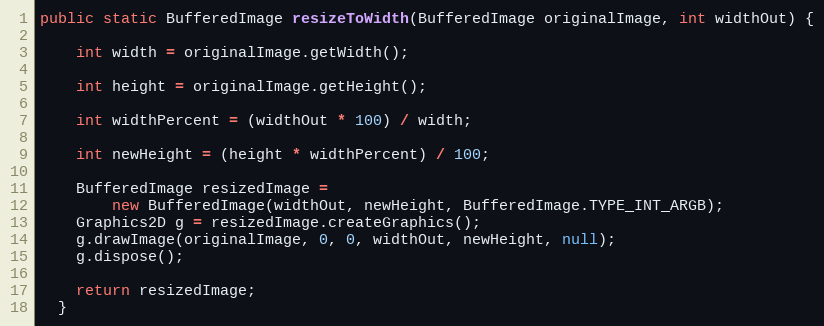
Language: Java
public static BufferedImage resizeToWidth(BufferedImage originalImage, int widthOut) {

    int width = originalImage.getWidth();

    int height = originalImage.getHeight();

    int widthPercent = (widthOut * 100) / width;

    int newHeight = (height * widthPercent) / 100;

    BufferedImage resizedImage =
        new BufferedImage(widthOut, newHeight, BufferedImage.TYPE_INT_ARGB);
    Graphics2D g = resizedImage.createGraphics();
    g.drawImage(originalImage, 0, 0, widthOut, newHeight, null);
    g.dispose();

    return resizedImage;
  }